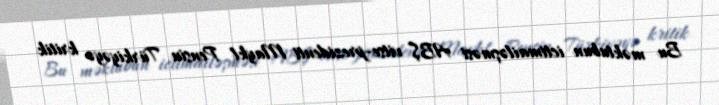
Bu məktubun ictimailəşməsi ABŞ vitse-prezidenti Maykl Pensin Türkiyəyə kritik